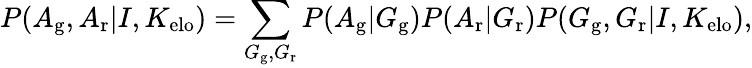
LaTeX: P(A_{\mathrm{g}},A_{\mathrm{r}}|I,K_{\mathrm{elo}})=\sum_{G_{\mathrm{g}},G_{\mathrm{r}}}P(A_{\mathrm{g}}|G_{\mathrm{g}})P(A_{\mathrm{r}}|G_{\mathrm{r}})P(G_{\mathrm{g}},G_{\mathrm{r}}|I,K_{\mathrm{elo}}),